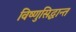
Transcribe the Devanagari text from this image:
विष्णुसिद्धान्त